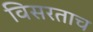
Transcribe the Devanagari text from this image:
विसरताच